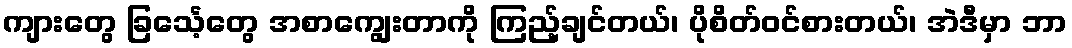
ကျားတွေ ခြင်္သေ့တွေ အစာကျွေးတာကို ကြည့်ချင်တယ်၊ ပိုစိတ်ဝင်စားတယ်၊ အဲဒီမှာ ဘာ